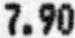
7.90